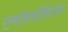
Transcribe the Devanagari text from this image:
एमॉक्सीसिलीन